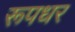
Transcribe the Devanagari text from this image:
रूपधर